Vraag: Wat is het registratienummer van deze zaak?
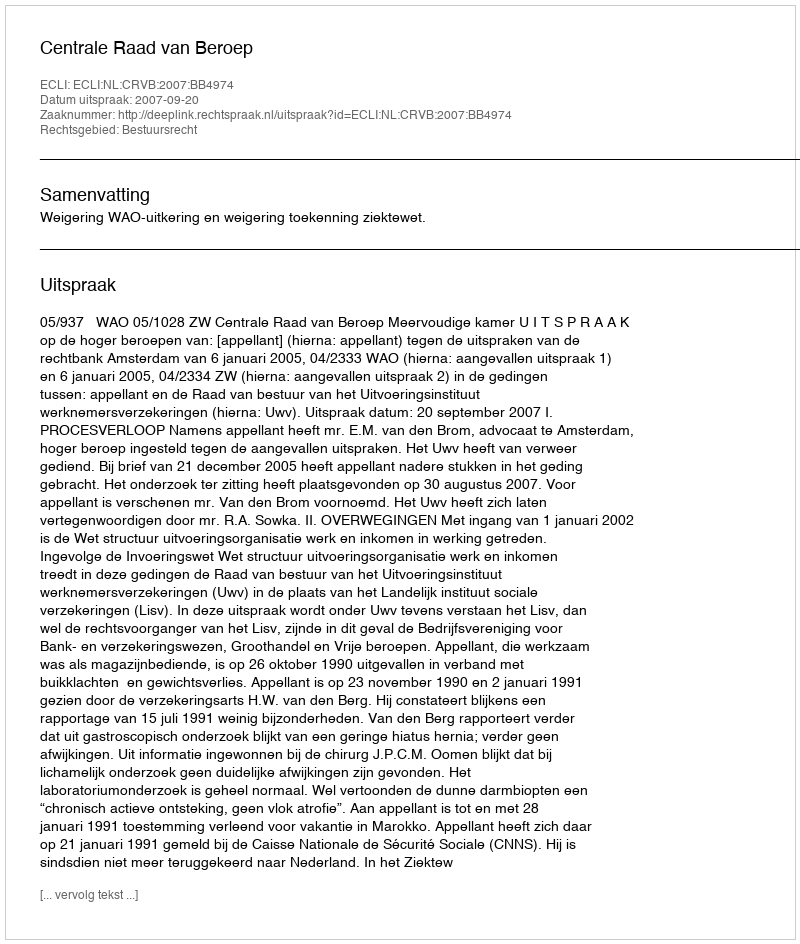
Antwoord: http://deeplink.rechtspraak.nl/uitspraak?id=ECLI:NL:CRVB:2007:BB4974